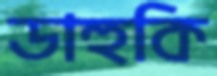
ডাহুকি